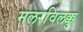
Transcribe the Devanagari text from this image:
मलरविलक्कु